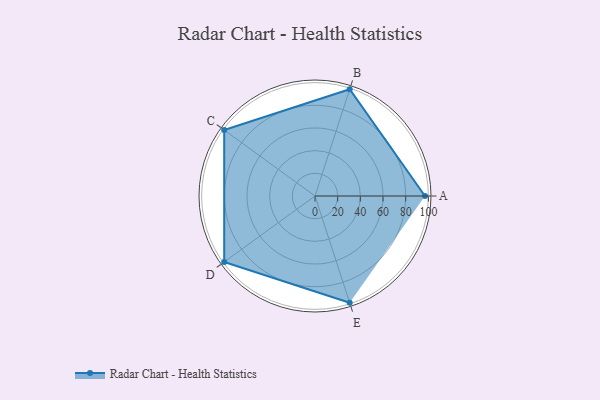
{"axis": {"x": "Skill", "y": "Score"}, "legend": ["Profile"], "data": [{"x": "A", "y": 97.0, "type": "Profile"}, {"x": "B", "y": 99, "type": "Profile"}, {"x": "C", "y": 99, "type": "Profile"}, {"x": "D", "y": 99, "type": "Profile"}, {"x": "E", "y": 99, "type": "Profile"}]}